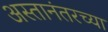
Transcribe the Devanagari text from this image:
अस्तानंतरच्या